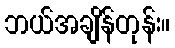
ဘယ်အချိန်တုန်း။